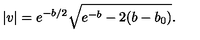
| v | = e ^ { - b / 2 } \sqrt { e ^ { - b } - 2 ( b - b _ { 0 } ) } .